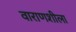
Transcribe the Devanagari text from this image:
वाराणशीला